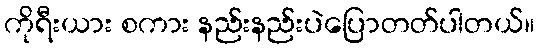
ကိုရီးယား စကား နည်းနည်းပဲပြောတတ်ပါတယ်။